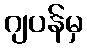
ဂျပန်မှ